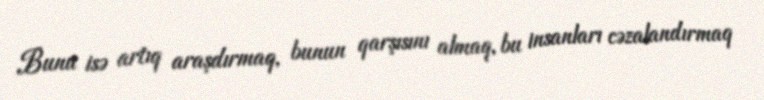
Bunu isə artıq araşdırmaq, bunun qarşısını almaq, bu insanları cəzalandırmaq